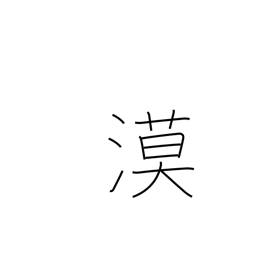
Meaning: desert